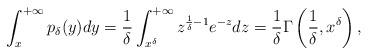
LaTeX: \begin{align*}\int_x^{+\infty} p_\delta(y)dy = \frac{1}{\delta} \int_{x^{\delta}}^{+\infty} z^{\frac{1}{\delta}-1}e^{-z}dz = \frac{1}{\delta} \Gamma\left(\frac{1}{\delta},x^{\delta}\right),\end{align*}